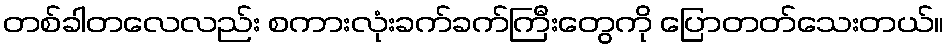
တစ်ခါတလေလည်း စကားလုံးခက်ခက်ကြီးတွေကို ပြောတတ်သေးတယ်။